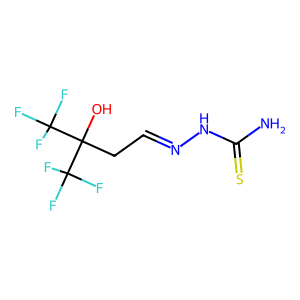
SMILES: NC(=S)NN=CCC(O)(C(F)(F)F)C(F)(F)F
Inhibits HIV replication: No